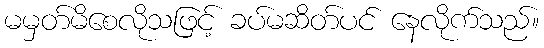
မမှတ်မိစေလိုသဖြင့် ခပ်မဆိတ်ပင် နေလိုက်သည်။